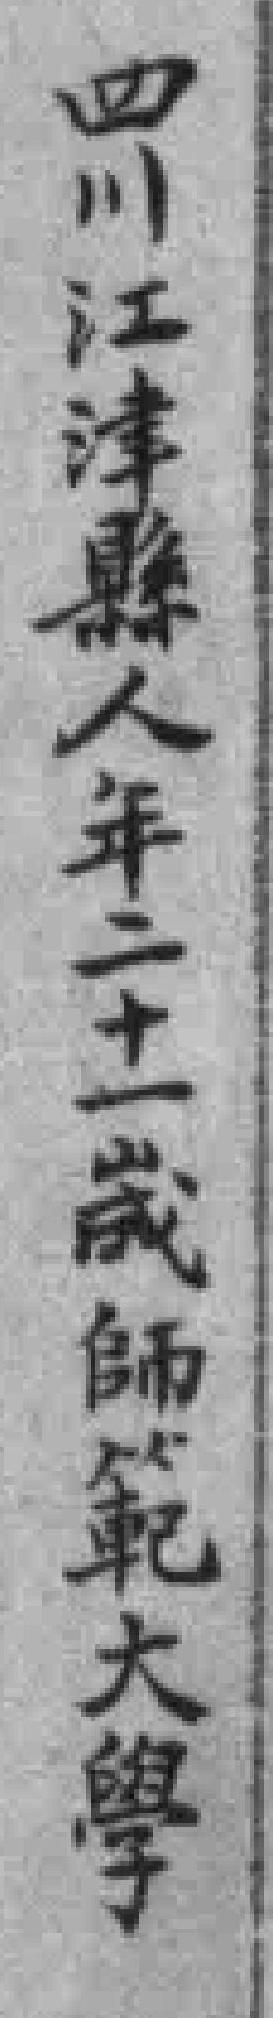
四川江津縣人年二十一歲師範大學